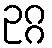
ဥဂ္ဂ